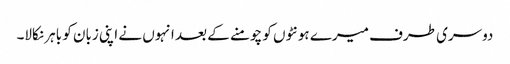
دوسری طرف میرے ہونٹوں کو چومنے کے بعد انہوں نے اپنی زبان کو باہر نکالا۔